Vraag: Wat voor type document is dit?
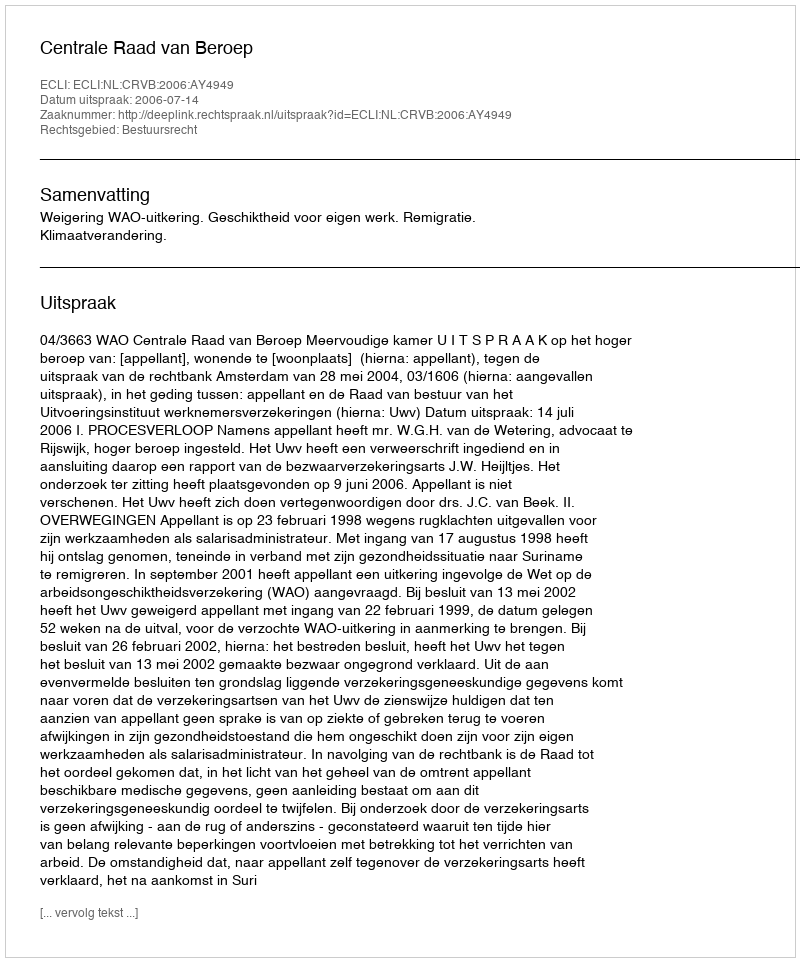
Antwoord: Uitspraak